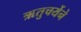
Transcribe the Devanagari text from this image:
ऋतुचर्येने